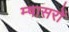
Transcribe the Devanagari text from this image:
म्षासरों